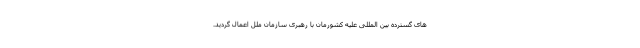
های گسترده بین المللی علیه کشورمان با رهبری سازمان ملل اعمال گردید.